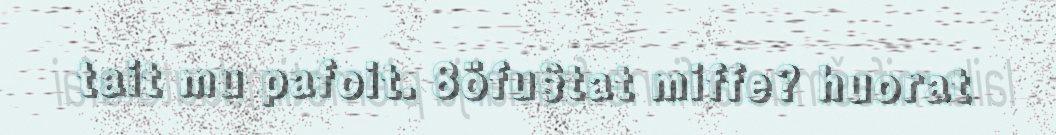
tait mu pafoit. 8öfu§tat miffe? huorat